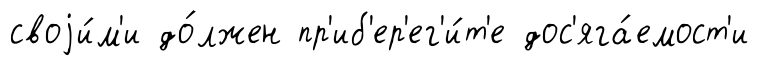
своjи́м'и до́лжен пр'иб'ер'ег'и́т'е дос'яга́емост'и